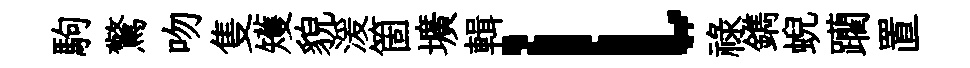
駒驚吻隻矱貌湲箇壙輯l禄鐫蜺躪置